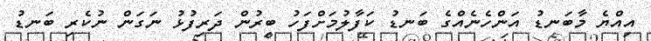
އިއްޔެ މާބަނޑު އަންހެނެއްގެ ބަނޑު ކަފާލުމަށްފަހު ބިރުން ދަރިފުޅު ނަގަން ނުކެރި ބަނޑު